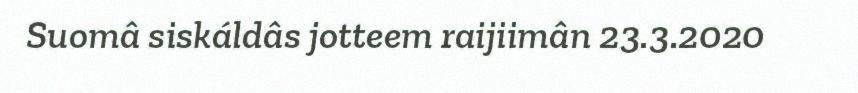
Suomâ siskáldâs jotteem raijiimân 23.3.2020